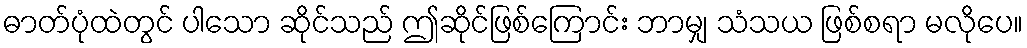
ဓာတ်ပုံထဲတွင် ပါသော ဆိုင်သည် ဤဆိုင်ဖြစ်ကြောင်း ဘာမျှ သံသယ ဖြစ်စရာ မလိုပေ။